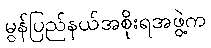
မွန်ပြည်နယ်အစိုးရအဖွဲ့က